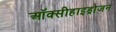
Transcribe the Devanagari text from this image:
ऑक्सीहाइड्रोजन